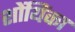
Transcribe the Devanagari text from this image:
शोंयिंका